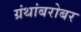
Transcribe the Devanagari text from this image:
ग्रंथांबरोबर